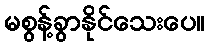
မစွန့်ခွာနိုင်သေးပေ။